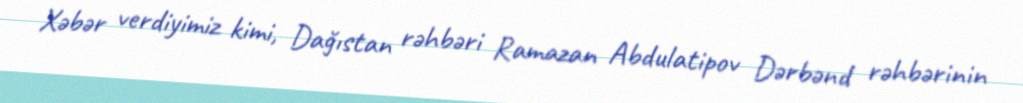
Xəbər verdiyimiz kimi, Dağıstan rəhbəri Ramazan Abdulatipov Dərbənd rəhbərinin